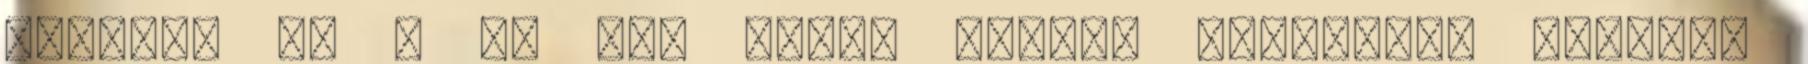
bordafa és a TH láb közé. Óriási fájdalmai voltak,